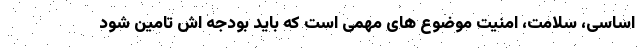
اساسی، سلامت، امنیت موضوع های مهمی است که باید بودجه اش تامین شود